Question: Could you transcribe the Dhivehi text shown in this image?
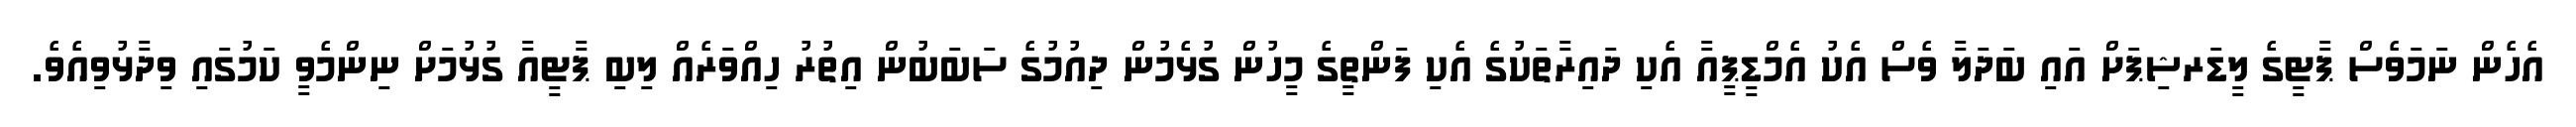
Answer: އެހެން ނަމަވެސް ޕާޓީގެ ލީޑަރޝިޕަށް އައި ބަދަލާ ވެސް އެކު އެމްޑީޕީއާ އެކި ދައިރާތަކުގެ އެކި ފަންތީގެ މީހުން ގުޅެމުން ދިއުމުގެ ސަބަބުން އިތުރު ހިއްވަރެއް ލިބި ޕާޓީއާ ގުޅުމަށް ނިންމެވީ ކަމުގައި ވިދާޅުވިއެވެ.